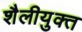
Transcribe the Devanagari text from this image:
शैलीयुक्त